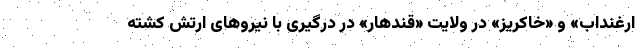
ارغنداب» و «خاکریز» در ولایت «قندهار» در درگیری با نیروهای ارتش کشته